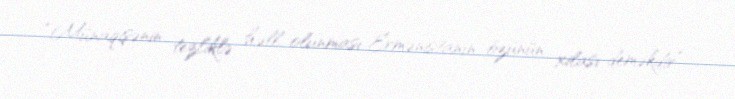
“Münaqişənin tezliklə həll olunması Ermənistanın özünün xilası deməkdir” -